Subject: cs
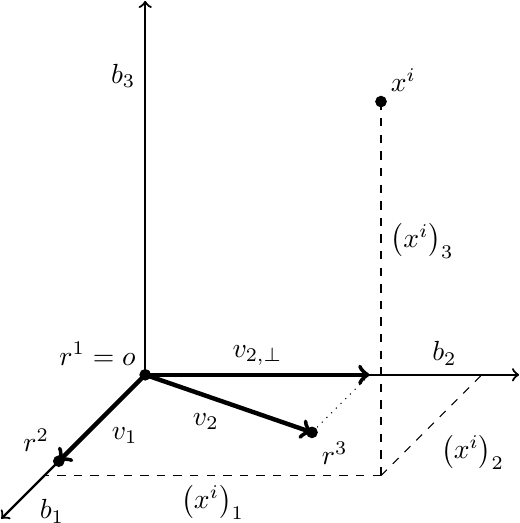
LaTeX code:
    \begin{tikzpicture}[
            scale=0.95,
			arr/.style={->,thick},
			varr/.style={->,ultra thick},
			dot/.style={radius=0.7mm},
			node distance=50mm
		]
		\draw[arr] (0,0,0) -- (0,0,5);
		\draw[arr] (0,0,0) -- (5,0,0);
		\draw[arr] (0,0,0) -- (0,5,0);
		\node[below right] at (0,0,4) {$b_1$};
		\node[above] at (4,0,0) {$b_2$};
		\node[left] at (0,4,0) {$b_3$};

		\draw[fill] (0,0,0) circle[dot];
		\node[above left] at (0,0,0) {$r^1 = o$};
		\draw[fill] (0,0,3) circle[dot];
		\node[above left] at (0,0,3) {$r^2$};
		\draw[varr] (0,0,0) -- (0,0,3);
		\node[below right] at (0,0,1.5) {$v_1$};
		\draw[fill] (3,0,2) circle[dot];
		\node[below right] at (3,0,2) {$r^3$};
		\draw[varr] (0,0,0) -- (3,0,2);
		\node[below left] at (1.5,0,1) {$v_2$};
		\draw[varr] (0,0,0) -- (3,0,0);
		\node[above] at (1.5,0,0) {$v_{2,\bot}$};
		\draw[dotted] (3,0,0) -- (3,0,2);

		\draw[fill] (4.5,5,3.5) circle[dot];
		\node[above right] at (4.5,5,3.5) {$x^i$};
		\draw[dashed] (4.5,5,3.5) -- (4.5,0,3.5);
		\draw[dashed] (4.5,0,3.5) -- (0,0,3.5);
		\draw[dashed] (4.5,0,3.5) -- (4.5,0,0);
		\node[below] at (2.25,0,3.5) {$\left(x^i\right)_1$};
		\node[below right] at (4.5,0,1.75) {$\left(x^i\right)_2$};
		\node[below right] at (4.5,3.5,3.5) {$\left(x^i\right)_3$};
	\end{tikzpicture}%